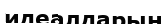
идеалдарын